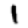
Digit: 1